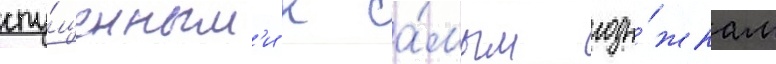
спу́щенным'и к са́мым лоды́жкам